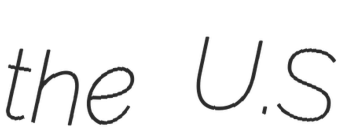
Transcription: the U.S